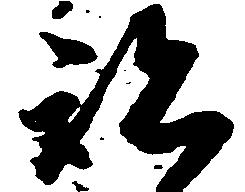
跡